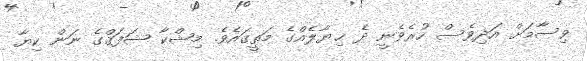
ވިސާމަށް އަދިވެސް ހުރެވެނީ ދެ ޚިޔާލެއްގެ މަތީގައެވެ. މިޝްކާ ޝަފަޤްގެ ނަން ކިޔާ